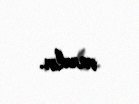
vardır.